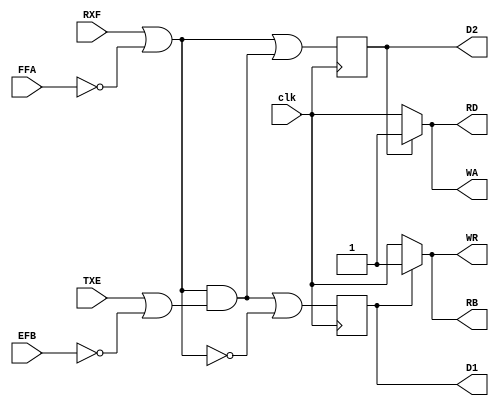
`timescale 100ps / 1ps

module FifoLogic_Gated (
   input 	clk,
   input 	FFA,
   input 	RXF,
   input 	TXE,
   input 	EFB,
   output 	RD,
   output 	WA,
   output 	RB,
   output 	WR,
   output reg 	D1,
   output reg 	D2
);

assign #270 clk_27 = clk;
assign #180 clk_45 = clk_27;

assign #28 FFA_N = ~FFA;
assign #28 EFB_N = ~EFB;

assign #28 x1 = RXF | FFA_N;
assign #28 x2 = TXE | EFB_N;

assign #29 x3 = x1 & x2;
assign #28 x1_n = ~x1;

assign #28 d1 = x3 | x1_n;
assign #28 d2 = x1 | x3;

initial begin
   D1 = 1; D2 = 1;
end

always@(posedge clk_45) begin
   D1 <= d1;
   D2 <= d2;
end

assign #20 RB = D1 ? 1'b1 : clk_27;
assign #20 WR = D1 ? 1'b1 : clk;
assign #20 RD = D2 ? 1'b1 : clk;
assign #20 WA = D2 ? 1'b1 : clk;

endmodule